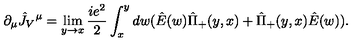
\partial _ { \mu } \hat { J } _ { V } { } ^ { \mu } = \lim _ { y \rightarrow x } { \frac { i e ^ { 2 } } { 2 } } \int _ { x } ^ { y } d w ( \hat { E } ( w ) \hat { \Pi } _ { + } ( y , x ) + \hat { \Pi } _ { + } ( y , x ) \hat { E } ( w ) ) .